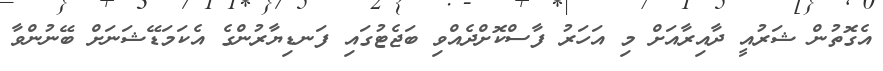
އެގޮތުން ޝަރުއީ ދާއިރާއަށް މި އަހަރު ފާސްކޮށްދެއްވި ބަޖެޓުގައި ފަނޑިޔާރުންގެ އެކަމަޑޭޝަނަށް ބޭނުންވާ